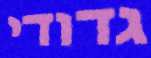
גדודי